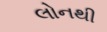
લોનથી